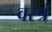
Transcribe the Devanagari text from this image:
वस्त्रं